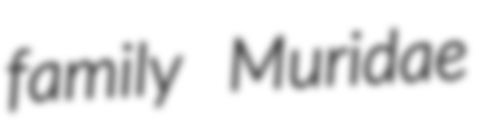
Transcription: family Muridae